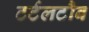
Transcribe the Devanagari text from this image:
टर्टलटौब